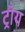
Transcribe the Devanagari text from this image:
ट्राँय